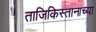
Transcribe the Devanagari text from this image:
ताजिकिस्तानाच्या